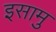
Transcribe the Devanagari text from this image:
इसामु